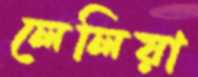
লেলিয়া